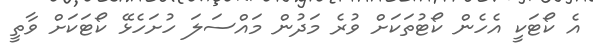
އެ ކޯޓަކީ އެހެން ކޯޓުތަކަށް ވުރެ މަދުން މައްސަލަ ހުށަހެޅޭ ކޯޓަކަށް ވާތީ